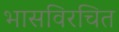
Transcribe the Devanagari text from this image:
भासविरचित